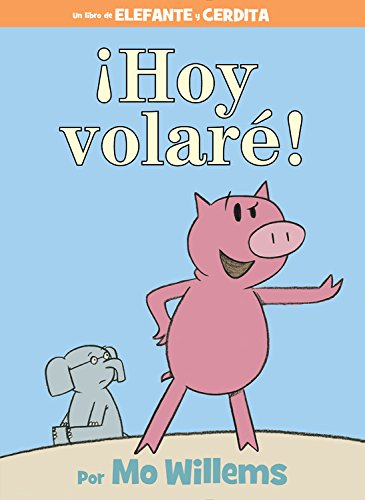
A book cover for Â¡Hoy volarÃ©! (Spanish Edition) (An Elephant and Piggie Book); Mo Willems; Children's Books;